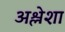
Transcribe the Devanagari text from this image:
अश्लेशा